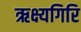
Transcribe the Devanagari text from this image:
ऋक्ष्यगिरि